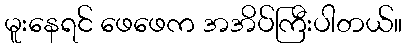
မူးနေရင် ဖေဖေက အအိပ်ကြီးပါတယ်။